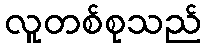
လူတစ်စုသည်